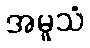
အမူသံ